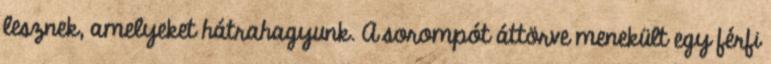
lesznek, amelyeket hátrahagyunk. A sorompót áttörve menekült egy férfi